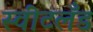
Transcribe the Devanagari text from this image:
स्वीटलँड